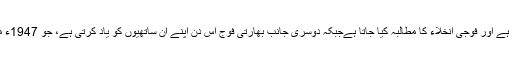
کشمیر میں ہر سال اس دن ہڑتال منائی جاتی ہے اور فوجی انخلاء کا مطالبہ کیا جاتا ہےجبکہ دوسری جانب بھارتی فوج اس دن اپنے اُن ساتھیوں کو یاد کرتی ہے، جو 1947ء میں قبائلیوں کے ساتھ جنگ میں مارے گئے۔